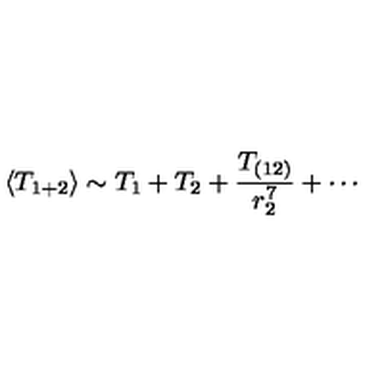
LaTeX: \langle T _ { 1 + 2 } \rangle \sim T _ { 1 } + T _ { 2 } + \frac { T _ { ( 1 2 ) } } { r _ { 2 } ^ { 7 } } + \cdots